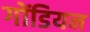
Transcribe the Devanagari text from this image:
गोंडियन